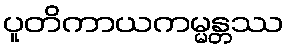
ပူတိကာယကမ္မန္တဿ